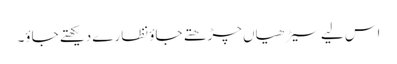
اس لیے سیڑھیاں چڑھتے جاؤ نظارے دیکھتے جاؤ۔